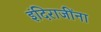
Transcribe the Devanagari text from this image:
इंदिराजींना